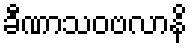
ခီဏာသဝဗလာနိ